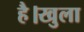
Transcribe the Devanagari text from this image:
है।खुला